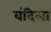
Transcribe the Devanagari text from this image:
वंदिला